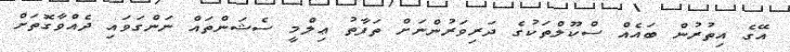
އޭގެ އިތުރުން ބައެއް ސްކޫލްތަކުގެ ދަރިވަރުންނަށް ތަފާތު ޢިލްމީ ސެޝަންތައް ނަންގަވައި ދެއްވާގޮތަށް